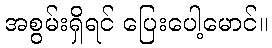
အစွမ်းရှိရင် ပြေးပေါ့မောင်။